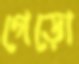
গেড়ো